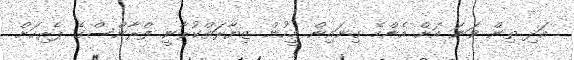
އަދި ތިން ވަނަ އަށް އެންމެ ގިނައިން މީހުން ޒިޔާރަތްކުރާނީ ފްރާންސްގެ ޕެރިހަށް